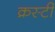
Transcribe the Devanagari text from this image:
क्रस्टी